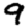
Digit: 9